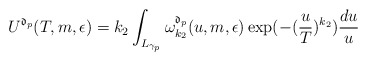
\begin{align*}U^{\mathfrak{d}_{p}}(T,m,\epsilon) = k_{2}\int_{L_{\gamma_{p}}} \omega_{k_2}^{\mathfrak{d}_{p}}(u,m,\epsilon)\exp( -(\frac{u}{T})^{k_2} ) \frac{du}{u}\end{align*}